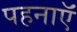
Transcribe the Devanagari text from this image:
पहनाऍं